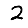
Digit: 2